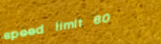
speed limit 60